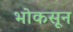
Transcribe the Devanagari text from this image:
भोकसून